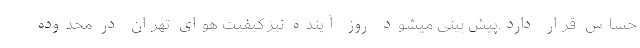
حساس قرار دارد.پیش بینی میشود روز آینده نیز کیفیت هوای تهران در محدوده